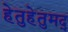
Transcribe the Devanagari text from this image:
हेतुहेतुमद्